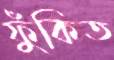
ফুঁকিত